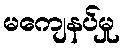
မကျေနပ်မှု